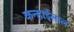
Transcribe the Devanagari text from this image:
कन्हाईलाल